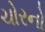
ચોરનો